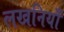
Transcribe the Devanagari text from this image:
लखनियाँ